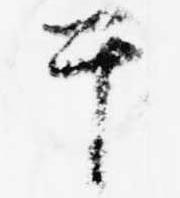
干